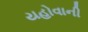
યહોવાની